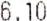
6.10